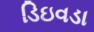
ડિઇવડા